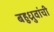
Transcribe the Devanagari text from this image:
बहुध्रुवांची